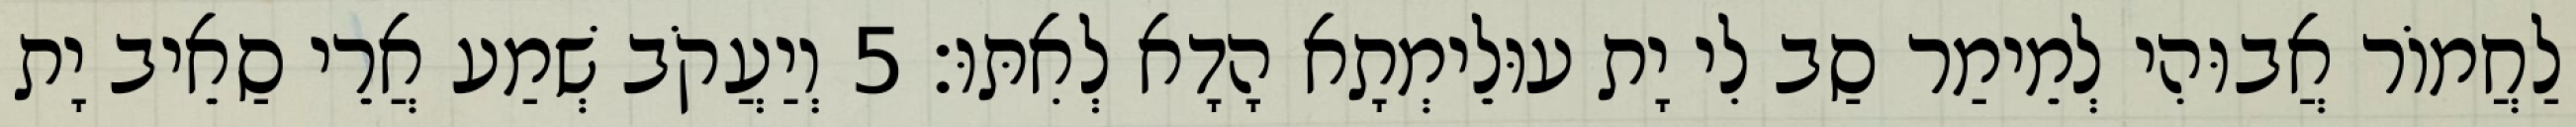
לַחֲמוֹר אֲבוּהִי לְמֵימַר סַב לִי יָת עוּלֵימְתָא הָדָא לְאִתּוּ׃ 5 וְיַעֲקֹב שְׁמַע אֲרֵי סַאֵיב יָת